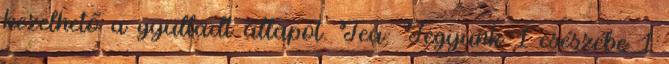
kezelhető a gyulladt állapot. Tea: Tegyünk 1 csészébe 1